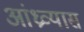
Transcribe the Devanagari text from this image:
आंध्रव्यास